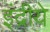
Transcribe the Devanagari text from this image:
इंद्रीये